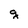
Character: g